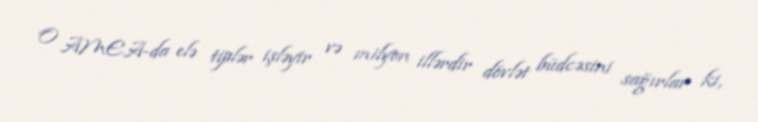
O AMEA-da elə tiplər işləyir və milyon illərdir dövlət büdcəsini sağırlar ki,